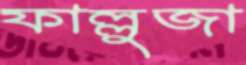
ফাল্লুজা